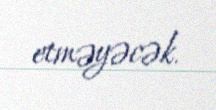
etməyəcək.